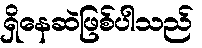
ရှိနေဆဲဖြစ်ပါသည်